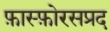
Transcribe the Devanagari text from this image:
फ़ास्फ़ोरसप्रद